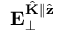
\mathbf { E } _ { \perp } ^ { \hat { \mathbf { K } } \parallel \hat { \mathbf { z } } }